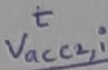
Text: t vacc2,i